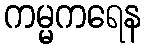
ကမ္မကရေန